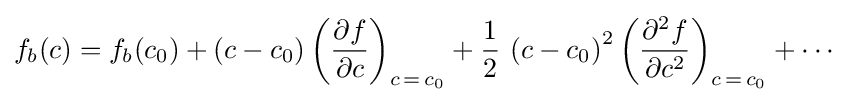
f_{b}(c)=f_{b}(c_{0})+\left(c-c_{0}\right)\left({\frac {\partial f}{\partial c}}\right)_{c\,=\,c_{0}}+{\frac {1}{2}}\,\left(c-c_{0}\right)^{2}\left({\frac {\partial ^{2}f}{\partial c^{2}}}\right)_{c\,=\,c_{0}}+\cdots